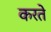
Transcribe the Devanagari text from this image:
करतेे